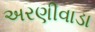
અરણીવાડા